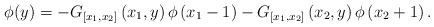
LaTeX: \begin{align*}\phi(y)=-G_{\left[x_{1}, x_{2}\right]}\left(x_{1}, y\right) \phi\left(x_{1}-1\right)-G_{\left[x_{1}, x_{2}\right]}\left(x_{2}, y\right) \phi\left(x_{2}+1\right).\end{align*}